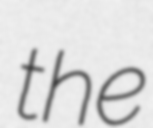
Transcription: the